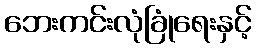
ဘေးကင်းလုံခြုံရေးနှင့်